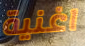
اغنية